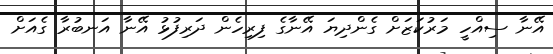
އޭނާ ސިއްހީ މަރުކަޒަށް ގެންދިޔަ އޭނާގެ ފިރިހެން ދަރިފުޅު އޭނާ އަނބުރާ ގެއަށް